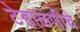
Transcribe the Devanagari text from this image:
टेहाळणीचे